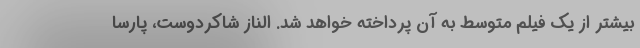
بیشتر از یک فیلم متوسط به آن پرداخته خواهد شد. الناز شاکردوست، پارسا